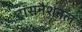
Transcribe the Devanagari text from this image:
ट्रांसनैशनल